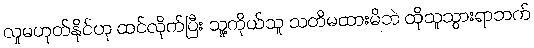
လူမဟုတ်နိုင်ဟု ထင်လိုက်ပြီး သူ့ကိုယ်သူ သတိမထားမိဘဲ ထိုသူသွားရာဘက်